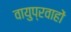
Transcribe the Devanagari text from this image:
वायुप्रवाहों